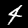
Label: 4